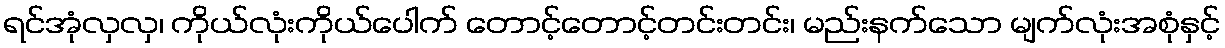
ရင်အုံလှလှ၊ ကိုယ်လုံးကိုယ်ပေါက် တောင့်တောင့်တင်းတင်း၊ မည်းနက်သော မျက်လုံးအစုံနှင့်